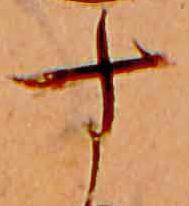
す